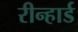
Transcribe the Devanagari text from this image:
रीन्हार्ड